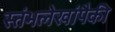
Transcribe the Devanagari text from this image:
स्तंभलेखांपैकी